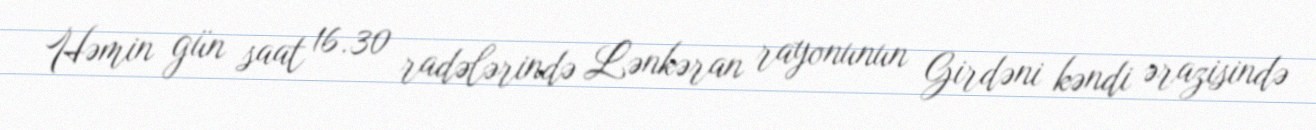
Həmin gün saat 16.30 radələrində Lənkəran rayonunun Girdəni kəndi ərazisində